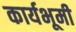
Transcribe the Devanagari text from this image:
कार्यभूमी